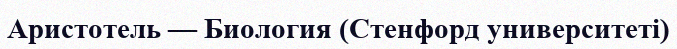
Аристотель — Биология (Стенфорд университеті)